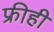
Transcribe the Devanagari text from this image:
फ्रीही